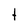
Character: t